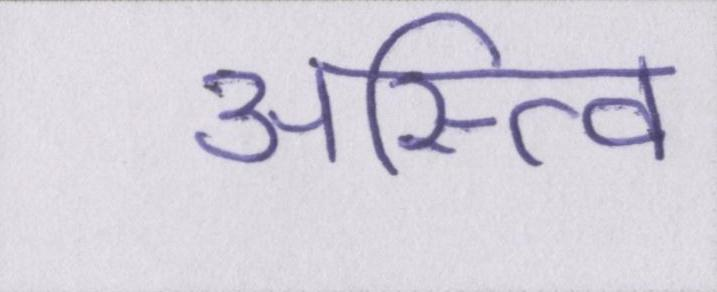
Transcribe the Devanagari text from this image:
अस्त्वि